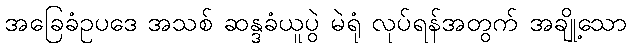
အခြေခံဥပဒေ အသစ် ဆန္ဒခံယူပွဲ မဲရုံ လုပ်ရန်အတွက် အချို့သော